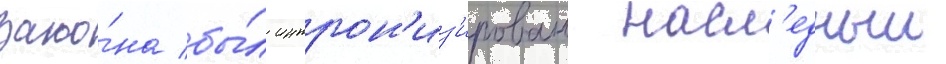
зако́на бы́л интрон'из'ирован насл'едныи